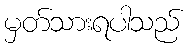
မှတ်သားရပါသည်